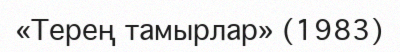
«Терең тамырлар» (1983)